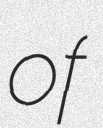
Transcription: of